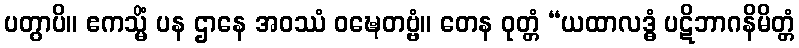
ပတွာပိ။ ဧကသ္မိံ ပန ဌာနေ အဝဿံ ဝဍ္ဎေတဗ္ဗံ။ တေန ဝုတ္တံ “ယထာလဒ္ဓံ ပဋိဘာဂနိမိတ္တံ